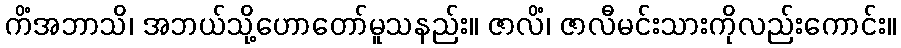
ကိံအဘာသိ၊ အဘယ်သို့ဟောတော်မူသနည်း။ ဇာလိံ၊ ဇာလီမင်းသားကိုလည်းကောင်း။